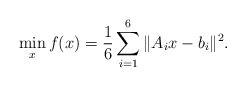
LaTeX: \begin{align*}\min_{x}f(x)=\frac{1}{6}\sum_{i=1}^6\Vert A_ix-b_i \Vert^2.\end{align*}